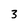
Character: 3